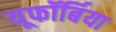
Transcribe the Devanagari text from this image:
यूफॉर्बिया